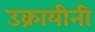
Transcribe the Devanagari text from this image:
उक्रायीनी